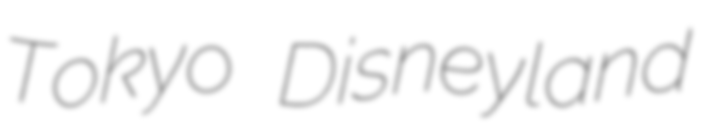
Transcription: Tokyo Disneyland